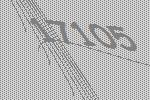
17105